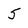
Character: 5